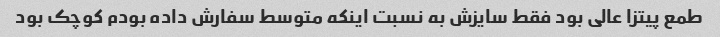
طمع پیتزا عالی بود فقط سایزش به نسبت اینکه متوسط سفارش داده بودم کوچک بود